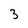
Character: 3